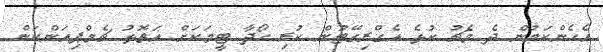
އެހެންކަމުން ދެ މެޗު ކުޅެ އެގްރިގޭޓުން ކުރި ހޯދާ ޓީމަކަށް އަތޮޅު ޗެމްޕިއަންކަން